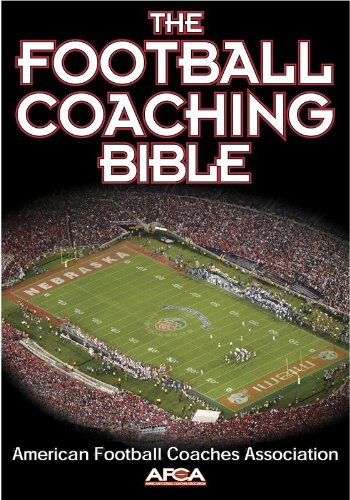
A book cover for The Football Coaching Bible (The Coaching Bible Series); American Football Coaches Association; Sports & Outdoors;